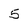
Character: 5